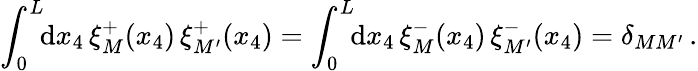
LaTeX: \int_{0}^{L}\! \! \mathrm{d}x_{4}\, \xi_{M}^{+}(x_{4})\, \xi_{M^{\prime}}^{+}(x_{4})=\int_{0}^{L}\! \! \mathrm{d}x_{4}\, \xi_{M}^{-}(x_{4})\, \xi_{M^{\prime}}^{-}(x_{4})=\delta_{MM^{\prime}}\, .